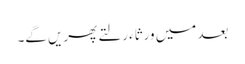
بعد میں ورثاء رلتے پھریں گے۔